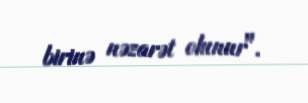
birinə nəzarət olunur".